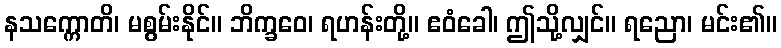
နသက္ကောတိ၊ မစွမ်းနိုင်။ ဘိက္ခဝေ၊ ရဟန်းတို့။ ဧဝံခေါ၊ ဤသို့လျှင်။ ရညော၊ မင်း၏။